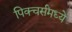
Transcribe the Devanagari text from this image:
पिक्चर्संमध्ये